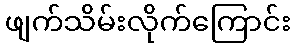
ဖျက်သိမ်းလိုက်ကြောင်း